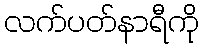
လက်ပတ်နာရီကို